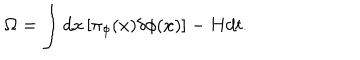
\Omega = \int d x \left[ \pi _ { \phi } ( x ) \delta \phi ( x ) \right] - H d t .